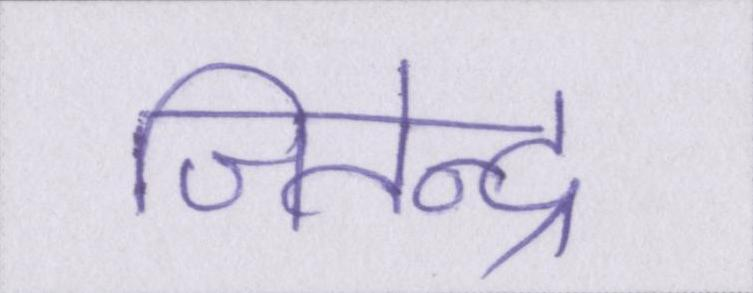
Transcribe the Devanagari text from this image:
जितेन्द्र